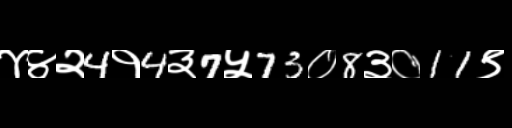
Text: ४४२4१4३7५73०8३०11९